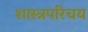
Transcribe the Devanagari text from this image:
शास्त्रपरिचय